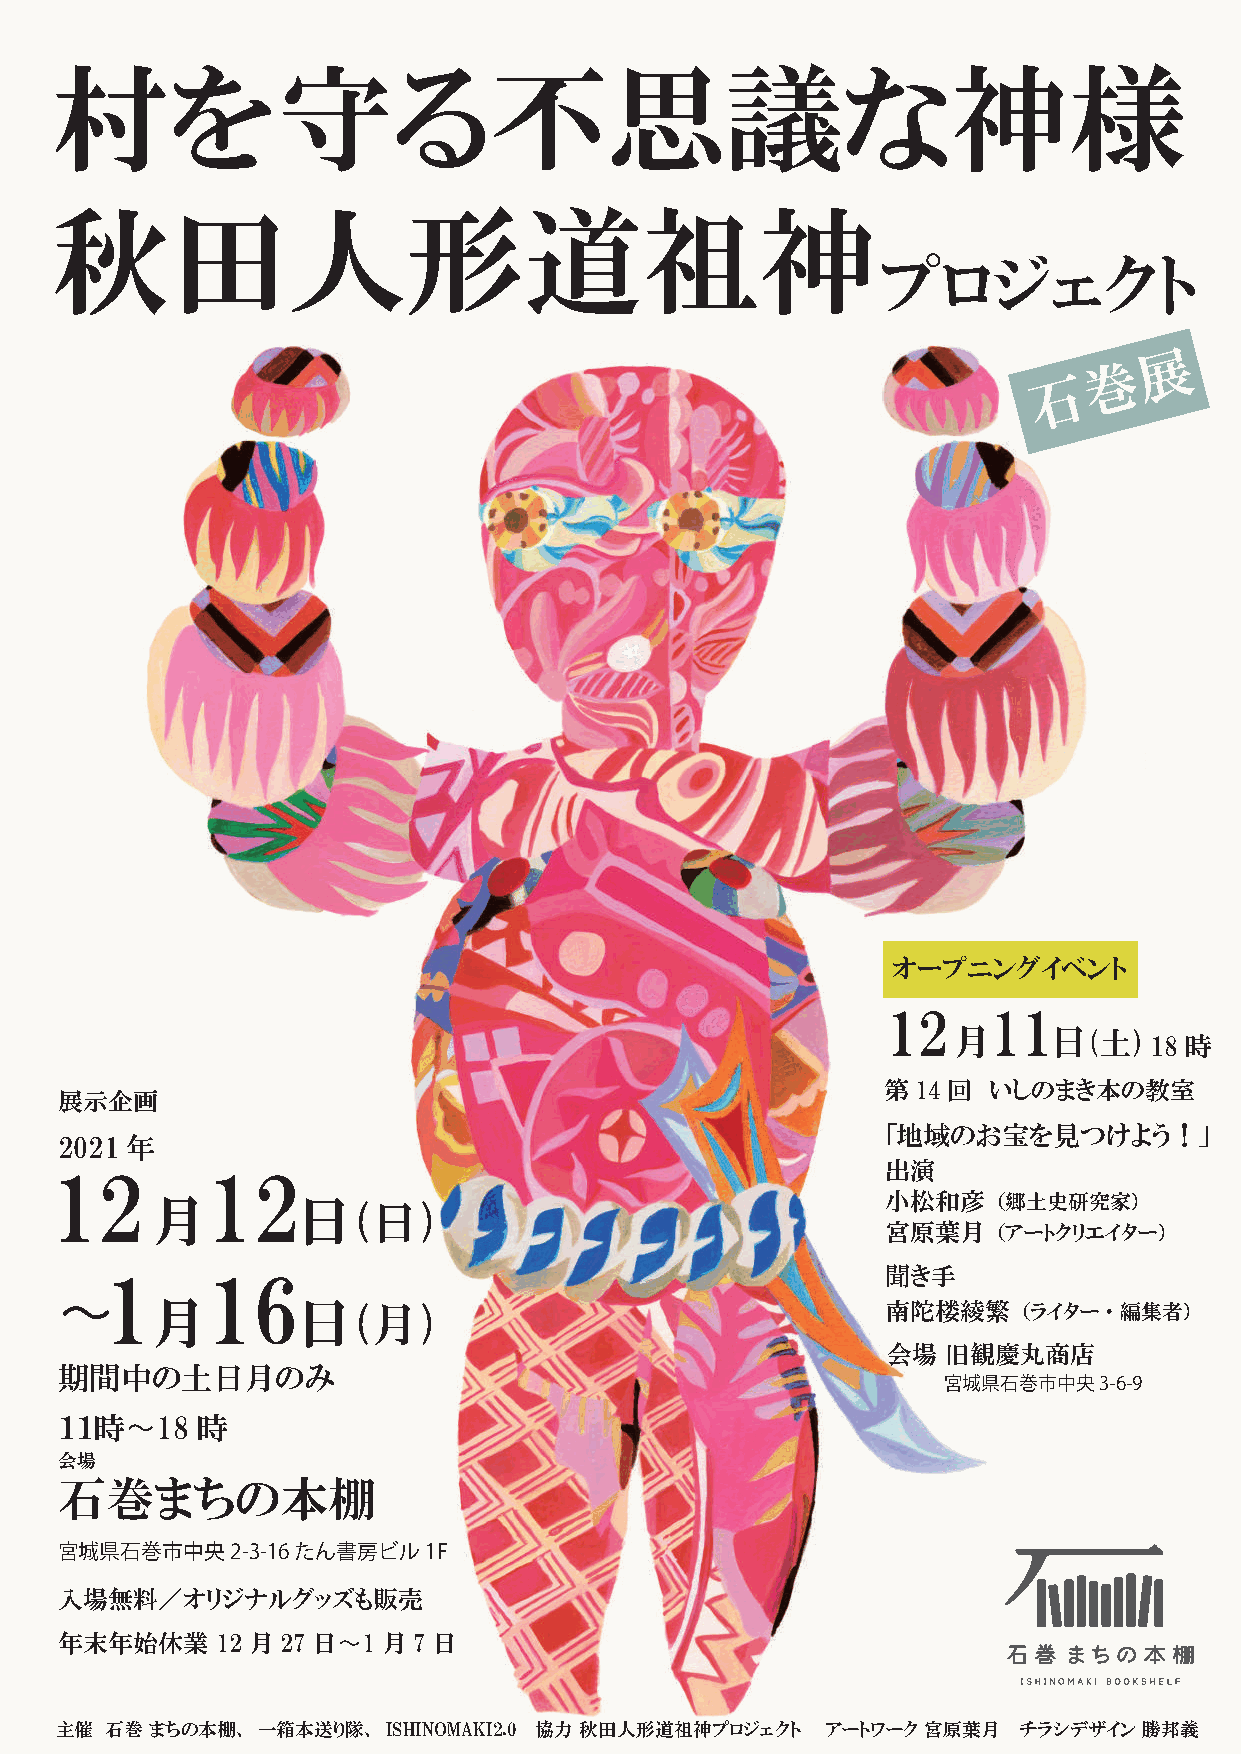
村を守る不思議な神様
 秋田
 秋田人形道祖神
 人形
 プロジェクト
 道祖神
 オープニングイベント
 12    11
 月     日(土)
 18 時
 第14回   いしのまき本の教室
 展示企画
 「地域のお宝を見つけよう！」
 2021 年
 12         12                                           出演
 月         日                                      小松和彦   （郷土史研究家）
 (日)
 宮原葉月   （アートクリエイター）
 1      16                                           聞き手
 〜
 月         日  (月)                                 南陀楼綾繁   （ライター・編集者）
 会場  旧観慶丸商店
 期間中の土日月のみ
 宮城県石巻市中央3-6-9
 １１時〜18   時
 会場
 石巻まちの本棚
 宮城県石巻市中央2-3-16  たん書房ビル1F
 入場無料／オリジナルグッズも販売
 年末年始休業    12月27日〜1月7日
 主催 石巻 まちの本棚、 一箱本送り隊、  ISHINOMAKI2.0 協力 秋田人形道祖神プロジェクト アートワーク 宮原葉月 チラシデザイン 勝邦義